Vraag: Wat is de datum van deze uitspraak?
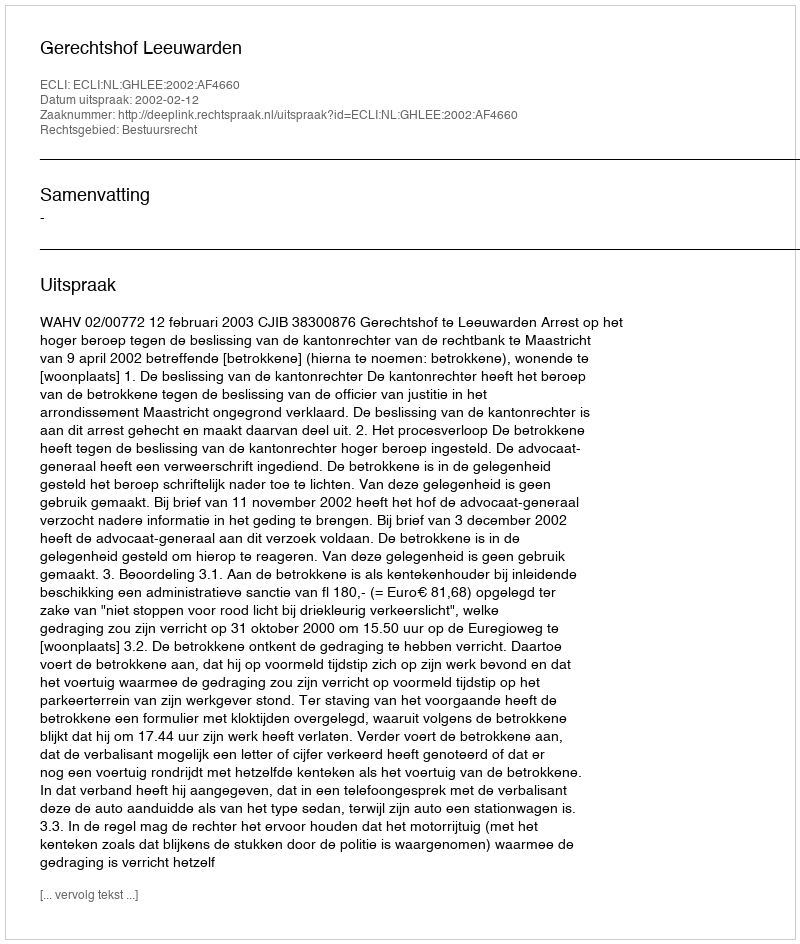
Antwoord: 2002-02-12